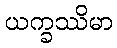
ယက္ခဿိမာ